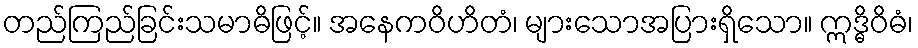
တည်ကြည်ခြင်းသမာဓိဖြင့်။ အနေကဝိဟိတံ၊ များသောအပြားရှိသော။ ဣဒ္ဓိဝိဓံ၊